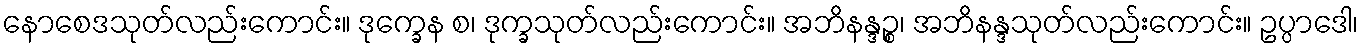
နောစေဒသုတ်လည်းကောင်း။ ဒုက္ခေန စ၊ ဒုက္ခသုတ်လည်းကောင်း။ အဘိနန္ဒဉ္စ၊ အဘိနန္ဒသုတ်လည်းကောင်း။ ဥပ္ပာဒေါ၊